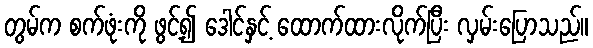
တွမ်က စက်ဖုံးကို ဖွင့်၍ ဒေါင်နှင့် ထောက်ထားလိုက်ပြီး လှမ်းပြောသည်။